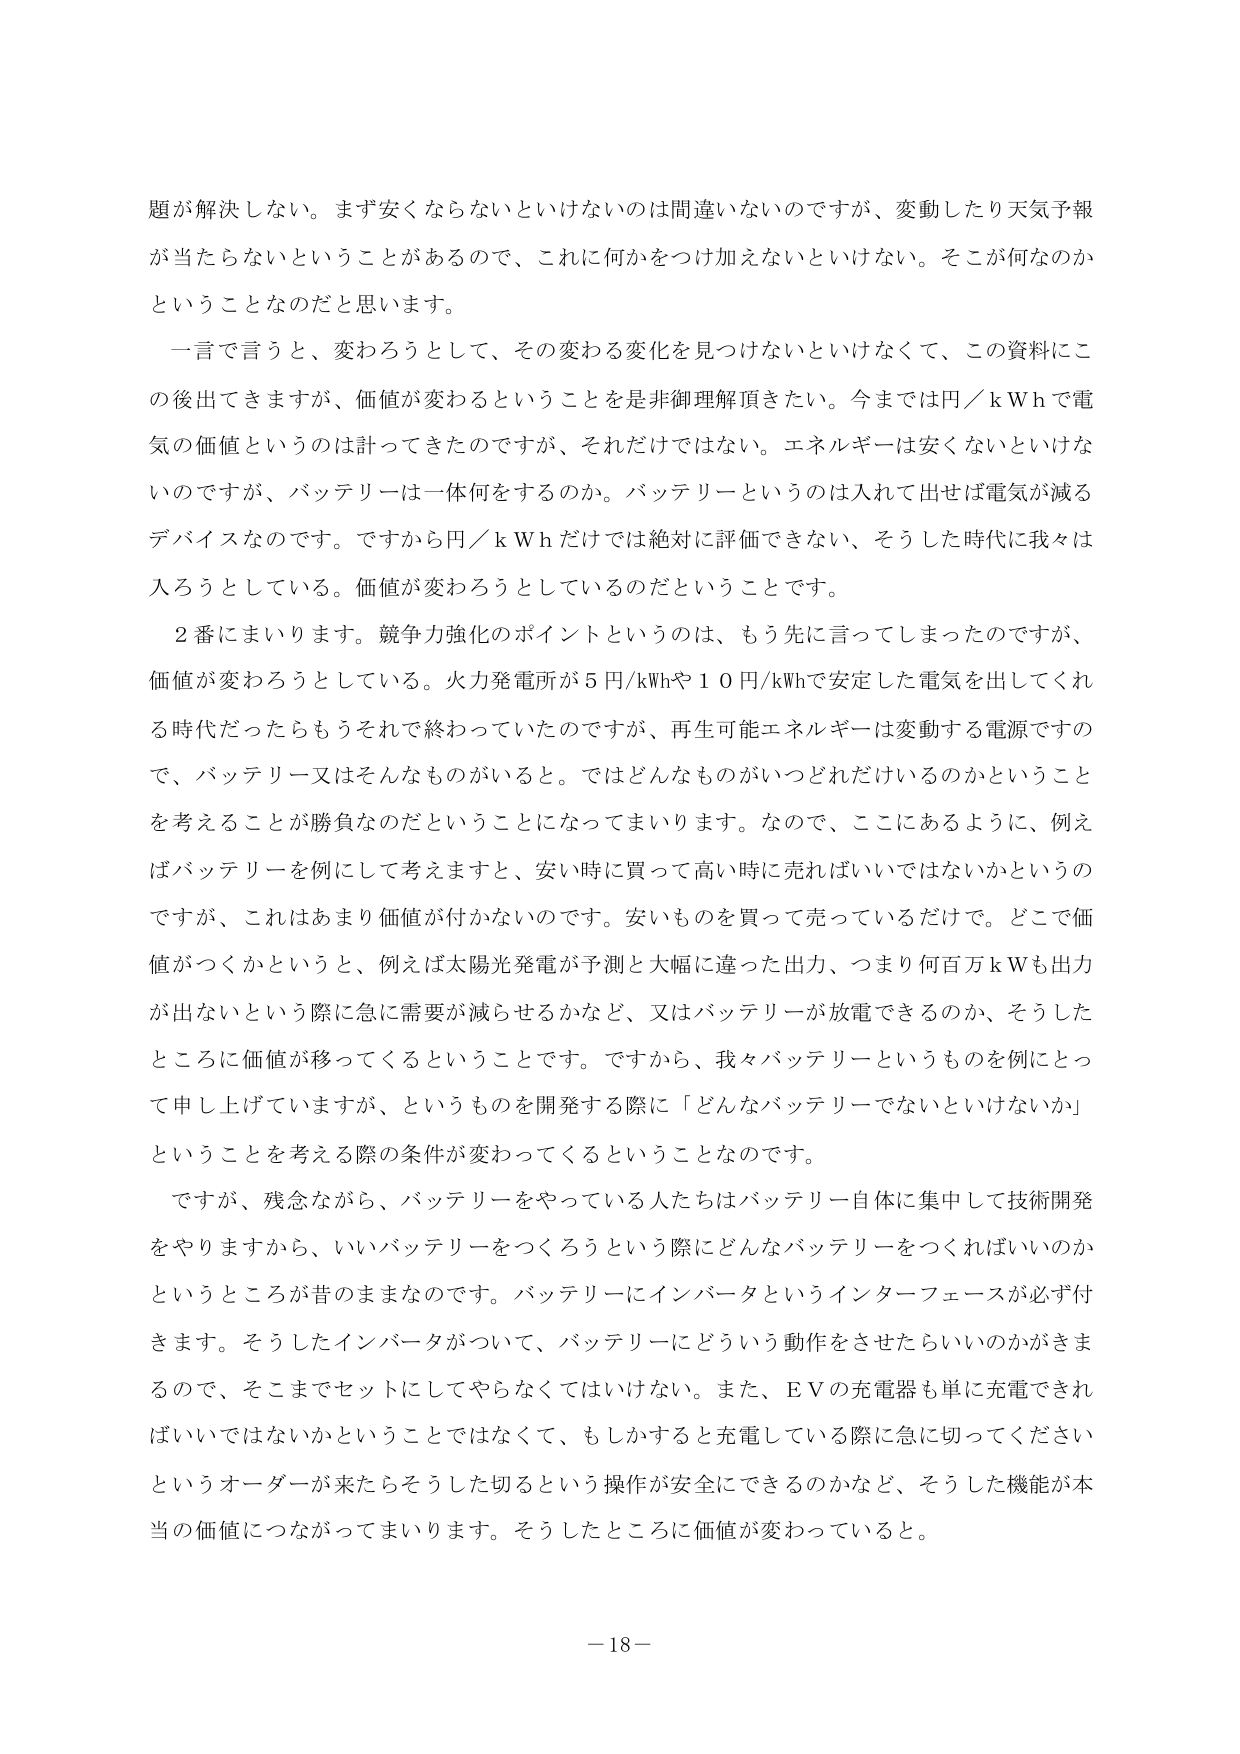
題が解決しない。まず安くならないといけないのは間違いないのですが、変動したり天気予報が当たらないということがあるので、これに何かをつけ加えないといけない。そこが何なのかということなのだと思います。

一言で言うと、変わろうとして、その変わる変化を見つけないといけなくて、この資料にこの後出てきますが、価値が変わるということを是非御理解頂きたい。今までは円／ｋＷｈで電気の価値というのは計ってきたのですが、それだけではない。エネルギーは安くないといけないのですが、バッテリーは一体何をするのか。バッテリーというのは入れて出せば電気が減るデバイスなのです。ですから円／ｋＷｈだけでは絶対に評価できない、そうした時代に我々は入ろうとしている。価値が変わろうとしているのだということです。

２番にまいります。競争力強化のポイントというのは、もう先に言ってしまったのですが、価値が変わろうとしている。火力発電所が５円／ｋＷｈや１０円／ｋＷｈで安定した電気を出してくれる時代だったらもうそれで終わっていたのですが、再生可能エネルギーは変動する電源ですので、バッテリー又はそんなものがいると。ではどんなものがいつどれだけいるのかということを考えることが勝負なのだということになってまいります。なので、ここにあるように、例えばバッテリーを例にして考えますと、安い時に買って高い時に売ればいいではないかというのですが、これはあまり価値が付かないのです。安いものを買って売っているだけで。どこで価値がつくかというと、例えば太陽光発電が予測と大幅に違った出力、つまり何百万ｋＷも出力が出ないという際に急に需要が減らせるかなど、又はバッテリーが放電できるのか、そうしたところに価値が移ってくるということです。ですから、我々バッテリーというものを例にとって申し上げていますが、というものを開発する際に「どんなバッテリーでないといけないか」ということを考える際の条件が変わってくるということなのです。

ですが、残念ながら、バッテリーをやっている人たちはバッテリー自体に集中して技術開発をやりますから、いいバッテリーをつくろうという際にどんなバッテリーをつくればいいのかというところが昔のままなのです。バッテリーにインバータというインターフェースが必ず付きます。そうしたインバータがついて、バッテリーにどういう動作をさせたらいいのかがきまるので、そこまでセットにしてやらなくてはいけない。また、ＥＶの充電器も単に充電できればいいではないかということではなくて、もしかすると充電している際に急に切ってくださいというオーダーが来たらそうした切るという操作が安全にできるのかなど、そうした機能が本当の価値につながってまいります。そうしたところに価値が変わっていると。

－18－